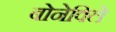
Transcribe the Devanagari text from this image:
बोनेविले